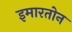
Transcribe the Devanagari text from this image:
इमारतोन